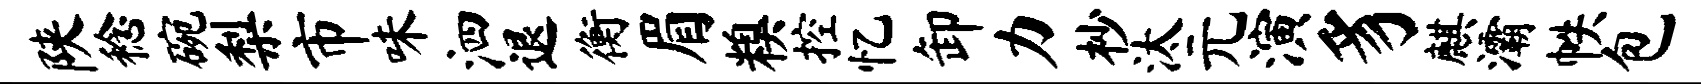
陕稔碗梨市味泗退衡眉糗控忆卸力杪汰元演豸麒灞帙包